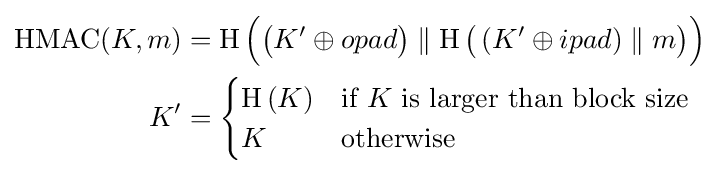
{\begin{aligned}\operatorname {HMAC} (K,m)&=\operatorname {H} {\Bigl (}{\bigl (}K'\oplus opad{\bigr )}\parallel \operatorname {H} {\bigl (}\left(K'\oplus ipad\right)\parallel m{\bigr )}{\Bigr )}\\K'&={\begin{cases}\operatorname {H} \left(K\right)&{\text{if}}\ K{\text{ is larger than block size}}\\K&{\text{otherwise}}\end{cases}}\end{aligned}}